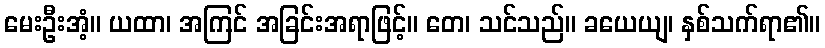
မေးဦးအံ့။ ယထာ၊ အကြင် အခြင်းအရာဖြင့်။ တေ၊ သင်သည်။ ခယေယျ၊ နှစ်သက်ရာ၏။